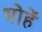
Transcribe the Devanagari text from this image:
भोहें